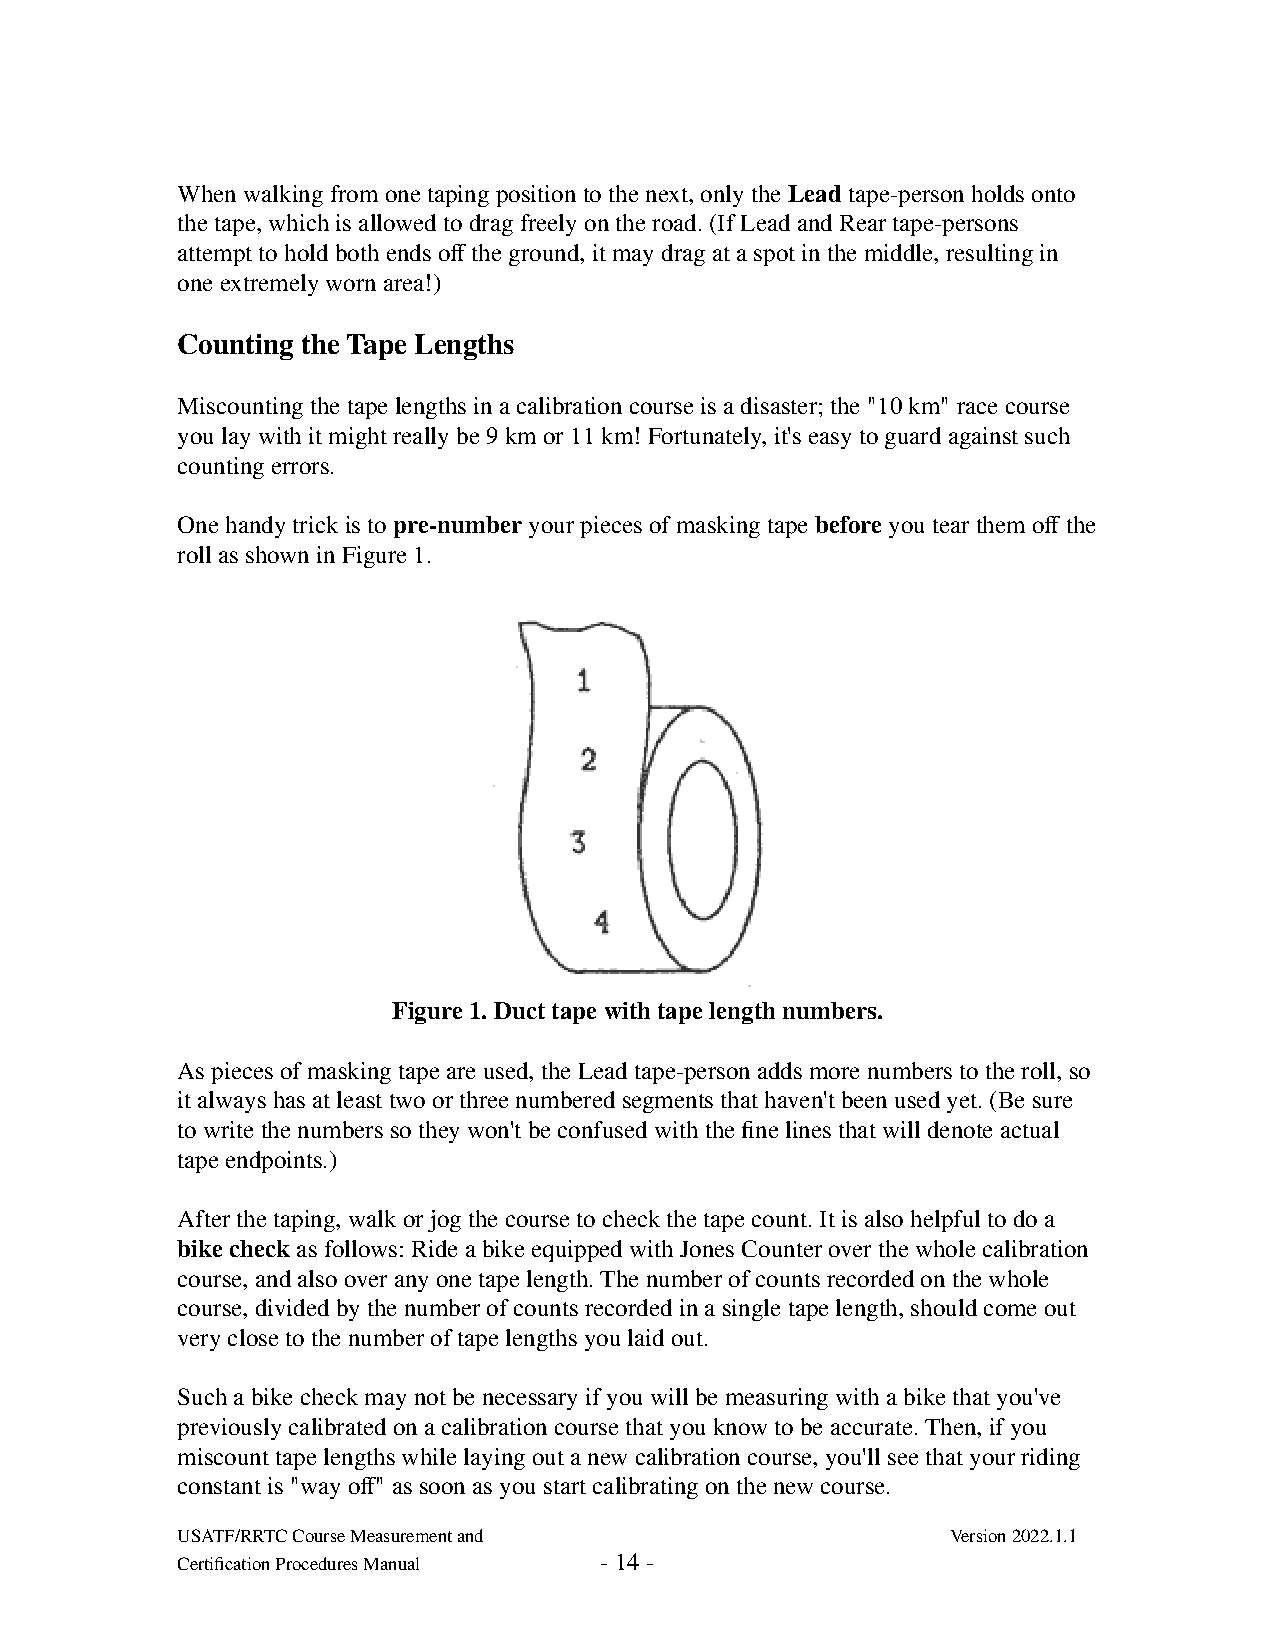
When walking from one taping position to the next, only the Lead tape-person holds onto
 the tape, which is allowed to drag freely on the road. (If Lead and Rear tape-persons
 attempt to hold both ends off the ground, it may drag at a spot in the middle, resulting in
 one extremely worn area!)
 Counting the Tape Lengths
 Miscounting the tape lengths in a calibration course is a disaster; the "10 km" race course
 you lay with it might really be 9 km or 11 km! Fortunately, it's easy to guard against such
 counting errors.
 One handy trick is to pre-number your pieces of masking tape before you tear them off the
 roll as shown in Figure 1.
 Figure 1. Duct tape with tape length numbers.
 As pieces of masking tape are used, the Lead tape-person adds more numbers to the roll, so
 it always has at least two or three numbered segments that haven't been used yet. (Be sure
 to write the numbers so they won't be confused with the fine lines that will denote actual
 tape endpoints.)
 After the taping, walk or jog the course to check the tape count. It is also helpful to do a
 bike check as follows: Ride a bike equipped with Jones Counter over the whole calibration
 course, and also over any one tape length. The number of counts recorded on the whole
 course, divided by the number of counts recorded in a single tape length, should come out
 very close to the number of tape lengths you laid out.
 Such a bike check may not be necessary if you will be measuring with a bike that you've
 previously calibrated on a calibration course that you know to be accurate. Then, if you
 miscount tape lengths while laying out a new calibration course, you'll see that your riding
 constant is "way off" as soon as you start calibrating on the new course.
 USATF/RRTC Course Measurement and                  Version 2022.1.1
 Certification Procedures Manual - 14 -